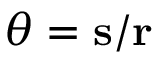
\theta = \mathbf { s } / \mathbf { r }